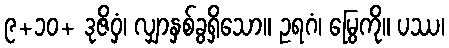
၉+၁၀+ ဒုဇိဝှံ၊ လျှာနှစ်ခွရှိသော။ ဥရဂံ၊ မြွေကို။ ပဿ၊